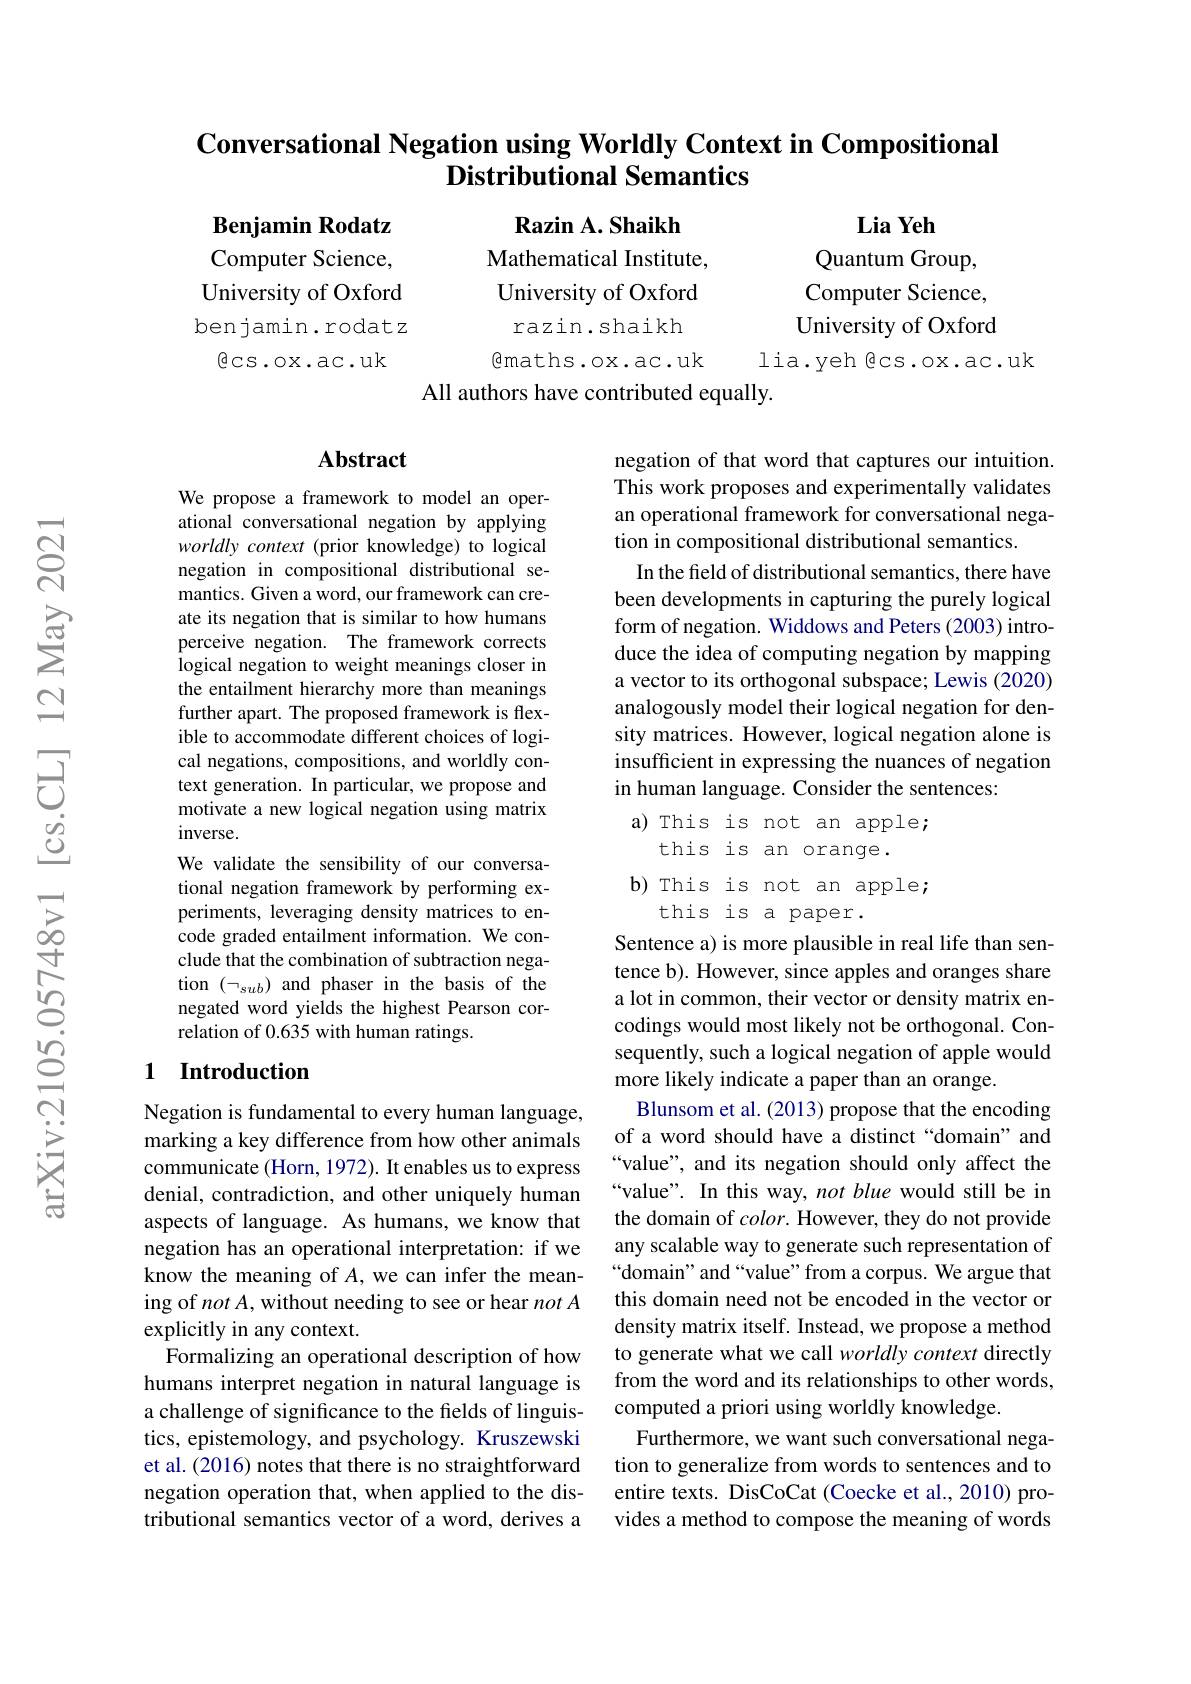
### $\textbf{Conversational Negation using Worldly Context in Compositional}$ Distributional Semantics

Lia Yeh

Quantum Group,

Computer Science,

Benjamin Rodatz Computer Science, University of Oxford benjamin.rodatz
$\textcircled{6}$cs.ox.ac.uk

Razin A. Shaikh
Mathematical Institute, University of Oxford razin.shaikh
$\textcircled{8}$maths.ox.ac.uk
All authors have contributed equally.

University of Oxford

lia.yeh @cs.ox.ac.uk

## $\mathbf{Abstract}$

We propose a framework to model an operational conversational negation by applying worldly context (prior knowledge) to logical negation in compositional distributional semantics. Given a word, our framework can create its negation that is similar to how humans perceive negation. The framework corrects logical negation to weight meanings closer in the entailment hierarchy more than meanings further apart. The proposed framework is flexible to accommodate different choices of logical negations, compositions, and worldly context generation. In particular, we propose and motivate a new logical negation using matrix inverse.
We validate the sensibility of our conversational negation framework by performing experiments, leveraging density matrices to encode graded entailment information. We conclude that the combination of subtraction negation $(\neg_{sub})$ and phaser in the basis of the negated word yields the highest Pearson correlation of 0.635 with human ratings.

## 1 Introduction

Negation is fundamental to every human language, marking a key difference from how other animals communicate (Horn, 1972). It enables us to express denial, contradiction, and other uniquely human aspects of language. As humans, we know that negation has an operational interpretation: if we know the meaning of $A$, we can infer the meaning of $notA$,without needing to see or hear notA explicitly in any context.
Formalizing an operational description of how humans interpret negation in natural language is a challenge of significance to the fields of linguistics, epistemology, and psychology. Kruszewski et al. (2016) notes that there is no straightforward negation operation that, when applied to the distributional semantics vector of a word, derives a

negation of that word that captures our intuition. This work proposes and experimentally validates an operational framework for conversational negation in compositional distributional semantics.
In the field of distributional semantics, there have been developments in capturing the purely logical form of negation. Widdows and Peters (2003) introduce the idea of computing negation by mapping a vector to its orthogonal subspace; Lewis (2020) analogously model their logical negation for density matrices. However, logical negation alone is insufficient in expressing the nuances of negation in human language. Consider the sentences:
a) This is not an apple;
this is an orange.
b) This is not an apple;
this is a paper.
Sentence a) is more plausible in real life than sen-

tence b). However, since apples and oranges share a lot in common, their vector or density matrix encodings would most likely not be orthogonal. Consequently, such a logical negation of apple would more likely indicate a paper than an orange.
Blunsom et al. (2013) propose that the encoding of a word should have a distinct “domain” and “value”, and its negation should only affect the “value”. In this way, not blue would still be in the domain of $color.$ However, they do not provide any scalable way to generate such representation of “domain" and“value” from a corpus. We argue that this domain need not be encoded in the vector or density matrix itself. Instead, we propose a method to generate what we call worldly context directly from the word and its relationships to other words, computed a priori using worldly knowledge.
Furthermore, we want such conversational negation to generalize from words to sentences and to entire texts. DisCoCat (Coecke et al., 2010) provides a method to compose the meaning of words